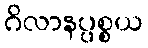
ဂိလာနပ္ပစ္စယ